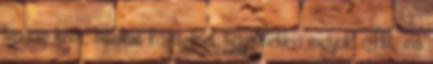
lennem kéne, hibákat követek el, figyelmetlen vagyok. Itt, ma